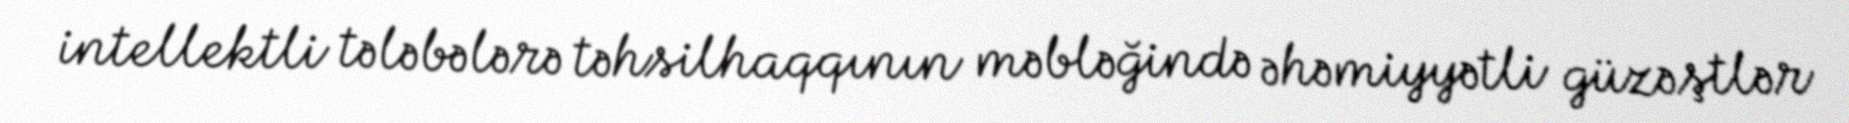
intellektli tələbələrə təhsilhaqqının məbləğində əhəmiyyətli güzəştlər